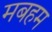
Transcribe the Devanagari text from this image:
मबहम